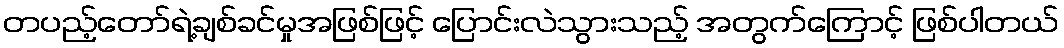
တပည့်တော်ရဲ့ချစ်ခင်မှုအဖြစ်ဖြင့် ပြောင်းလဲသွားသည့် အတွက်ကြောင့် ဖြစ်ပါတယ်